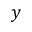
y